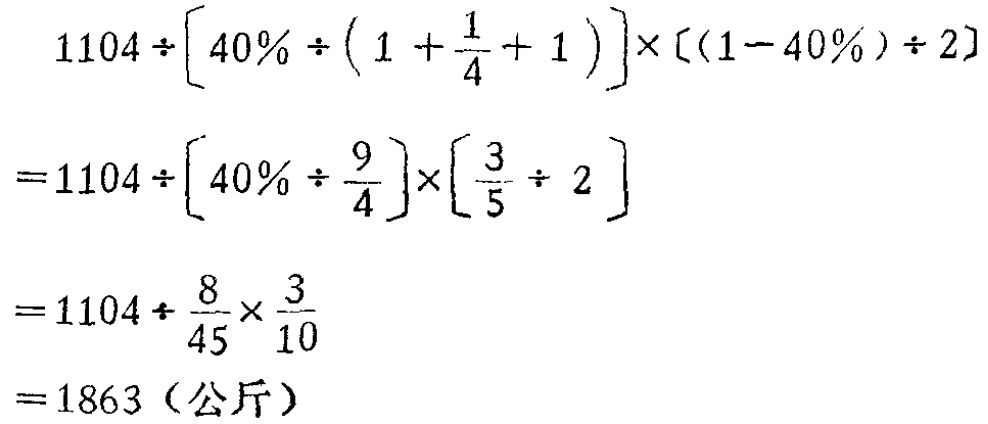
\[

\begin{align*}

&1104\div\left[40\%\div\left(1 + \frac{1}{4}+ 1\right)\right]\times[(1 - 40\%)\div2]\\

=&1104\div\left[40\%\div\frac{9}{4}\right]\times\left[\frac{3}{5}\div 2\right]\\

=&1104\div\frac{8}{45}\times\frac{3}{10}\\

=&1863（\text{公斤}）

\end{align*}

\]